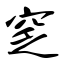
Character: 窆